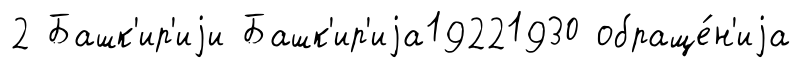
2 Башк'ир'иjи Башк'ир'иjа19221930 обраще́н'иjа